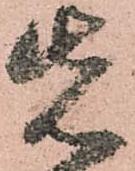
先